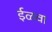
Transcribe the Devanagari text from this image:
ईळवा